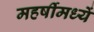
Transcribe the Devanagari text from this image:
महर्षीमध्यें